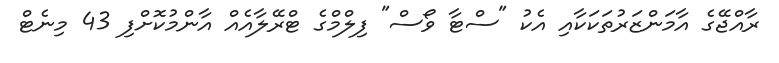
ރާއްޖޭގެ އާމަންޒަރުތަކަކާއި އެކު "ސްޓާ ވޯސް" ފިލްމްގެ ޓްރޭލާއެއް އާންމުކޮށްފި 43 މިނެޓް